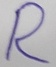
Text: R